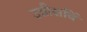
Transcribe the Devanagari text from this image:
उन्नीसविं